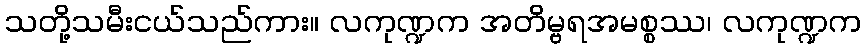
သတို့သမီးငယ်သည်ကား။ လကုဏ္ဍက အတိမ္ဗရအမစ္စဿ၊ လကုဏ္ဍက